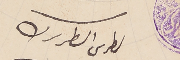
بطرس الىطرىرك